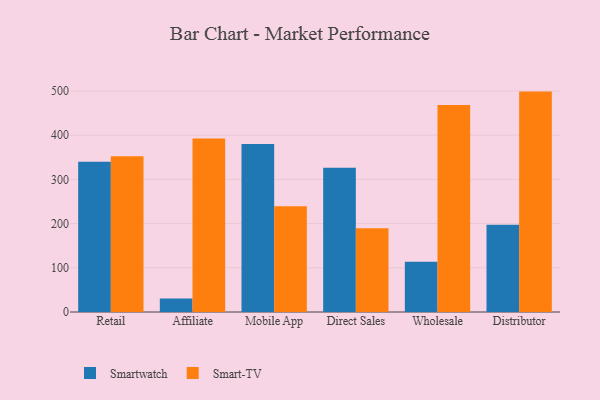
{"axis": {"x": "Channel", "y": "Market Share (%)"}, "legend": ["Smart-TV", "Smartwatch"], "data": [{"x": "Retail", "y": 339.9, "type": "Smartwatch"}, {"x": "Retail", "y": 352.2, "type": "Smart-TV"}, {"x": "Affiliate", "y": 30.6, "type": "Smartwatch"}, {"x": "Affiliate", "y": 392.3, "type": "Smart-TV"}, {"x": "Mobile App", "y": 380.1, "type": "Smartwatch"}, {"x": "Mobile App", "y": 239.2, "type": "Smart-TV"}, {"x": "Direct Sales", "y": 326.3, "type": "Smartwatch"}, {"x": "Direct Sales", "y": 189.3, "type": "Smart-TV"}, {"x": "Wholesale", "y": 113.7, "type": "Smartwatch"}, {"x": "Wholesale", "y": 468.3, "type": "Smart-TV"}, {"x": "Distributor", "y": 197.2, "type": "Smartwatch"}, {"x": "Distributor", "y": 498.6, "type": "Smart-TV"}]}